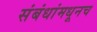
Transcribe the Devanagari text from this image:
संबंधांमधूनच